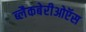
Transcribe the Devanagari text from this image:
ब्लैकबेरीओऍस